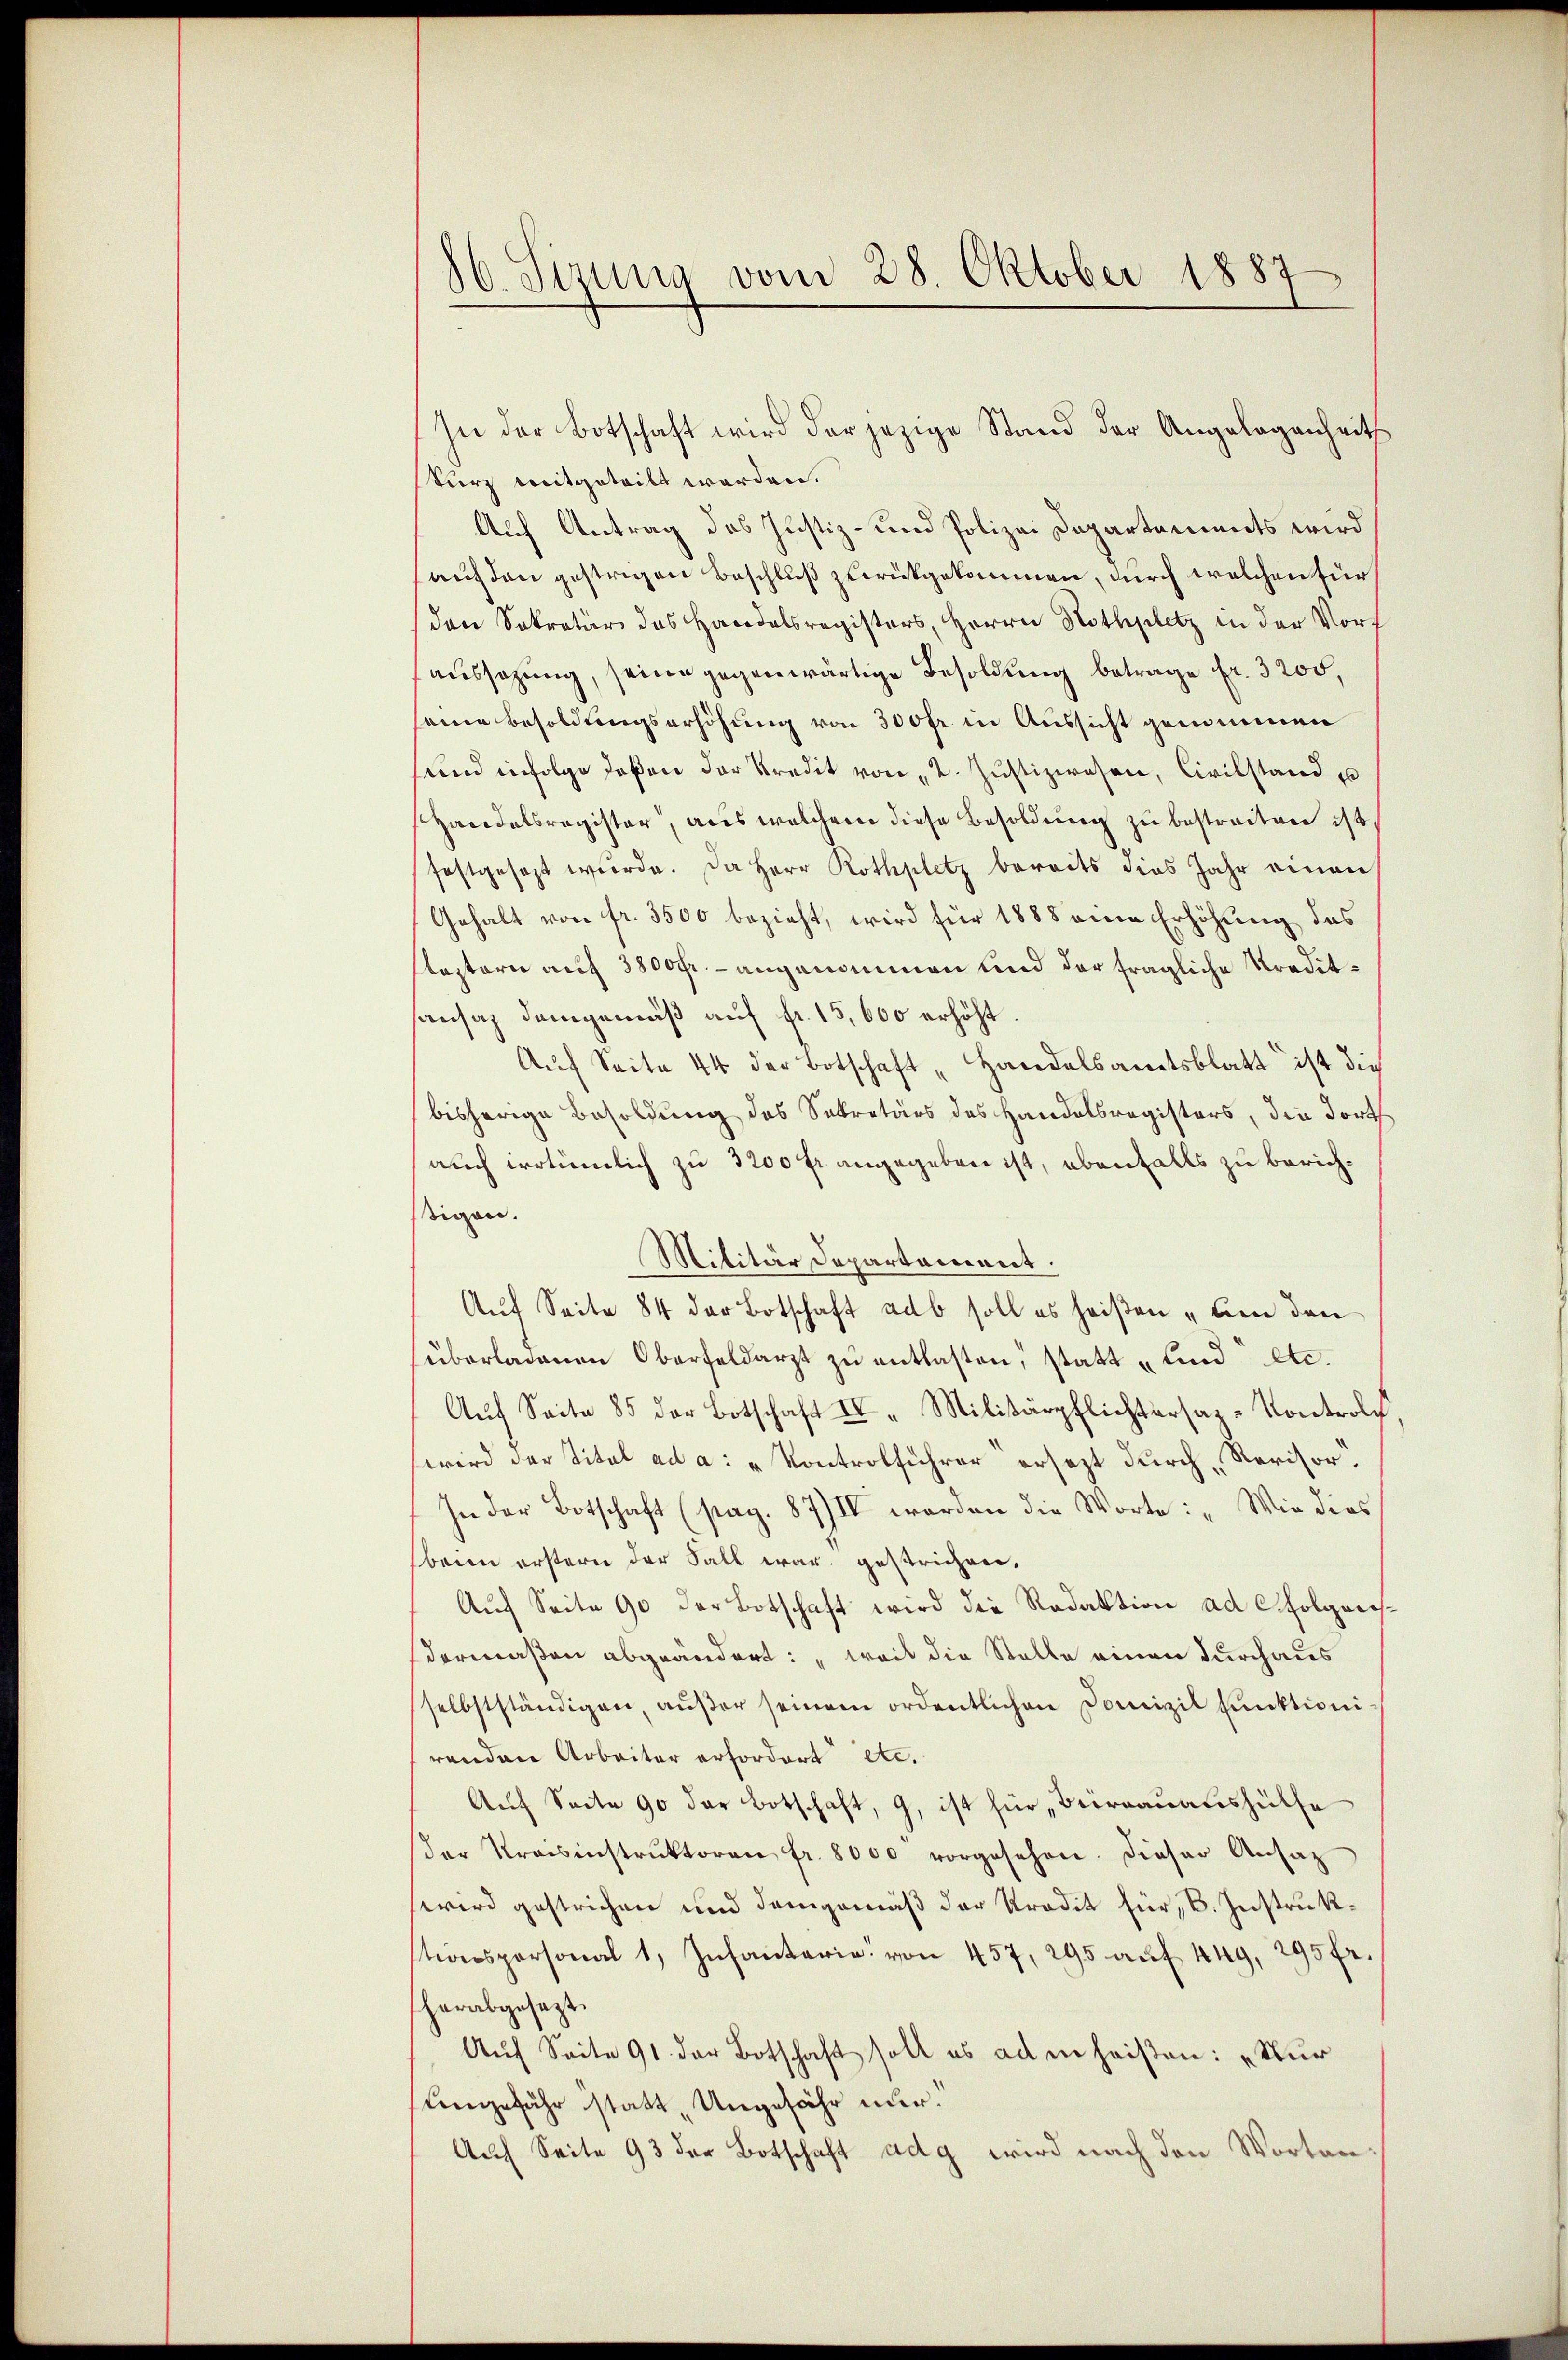
86. Sizung vom 28. Oktober 1887

In der Botschaft wird der jezige Stand der Angelegenheits
kurz mitgeteilt worden.
Auf Antrag des Justiz- und Polizei Departements wird
auf den gestrigen Beschluß zurückgekommen, durch welchen für
den Sekretär das Handelsregisters, Herrn Nothplatz in der Vort
aussagung, seine gegenwärtige Besoldung betrage fr. 3200,
eine Besoldungserhöhung von 300fr. in Aussicht genommen
sund infolge deßen der Kredit von 2. Justizwesen, Civilstand u
Handelsregister, aus welchem diese Besoldung zu bestreiten ist,
festgesezt wurde. Da Herr Rothplatz bereits dies Jahr einen
Gehalt von fr. 3500 bezieht, wird für 1888 eine Erhöhung des
lestern auf 3800fr. - angenommen und der fragliche Kreditsansaz demgemäß auf fr. 15,000 erhöht
Auf Seite 44 der Botschaft „Handelsamtsblatt ist die
bisherige Besoldung des Sekretärs des Handelsregisters, den dort
auch irrtümlich zu 3200 fr angegeben ist, ebenfalls zu berichtigen.
Militär Departement.
Auf Seite 84 der Botschaft adb soll es heißen „um den
überladenen Oberfeldarzt zu entlasten, statt und etc.
Auf Seite 85 der Botschaft II. Militärpflichtersaz-Kontrolch
wird der Titel ad a: „Kontrolführer ersezt durch Revisor
In der Botschaft (pag. 87/IV worden die Worte: „Wie dies
bann erstern der Fall war gestrichen,
Auch Seite 90 der Botschaft wird die Redaktion ad folgerisdermaßen abgeändert: „weit die Stelle einen durchaus
selbstständigen, außer seinem ordentlichen Domizil funktioni
renden Arbeiter erfordert etc.
Auf Seite 90 der Botschaft, 9, ist für „Bierrauaushülfe
der Kraisinstrŭktoren fr. 8000 vorgesehen. Dieser Ansatz
wird gestrichen und demgemäß der Kredit für B. Instrukstionspersonal 1, Infanterie von 457, 295 auf 449, 295 fr.
herabgesezt.
Auf Seite 91. der Botschaft soll es ad in heißen: „Nur
Eingefähr statt „Ungefähr nur.
Auch Seite 93 der Botschaft adg wird nach den Worten: